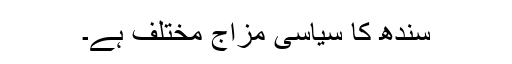
سندھ کا سیاسی مزاج مختلف ہے۔